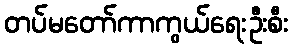
တပ်မတော်ကာကွယ်ရေးဦးစီး